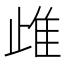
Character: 䧳